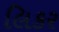
લિકર